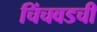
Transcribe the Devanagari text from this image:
चिंचवडची